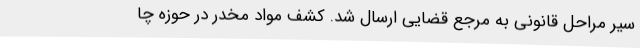
سیر مراحل قانونی به مرجع قضایی ارسال شد. کشف مواد مخدر در حوزه چا